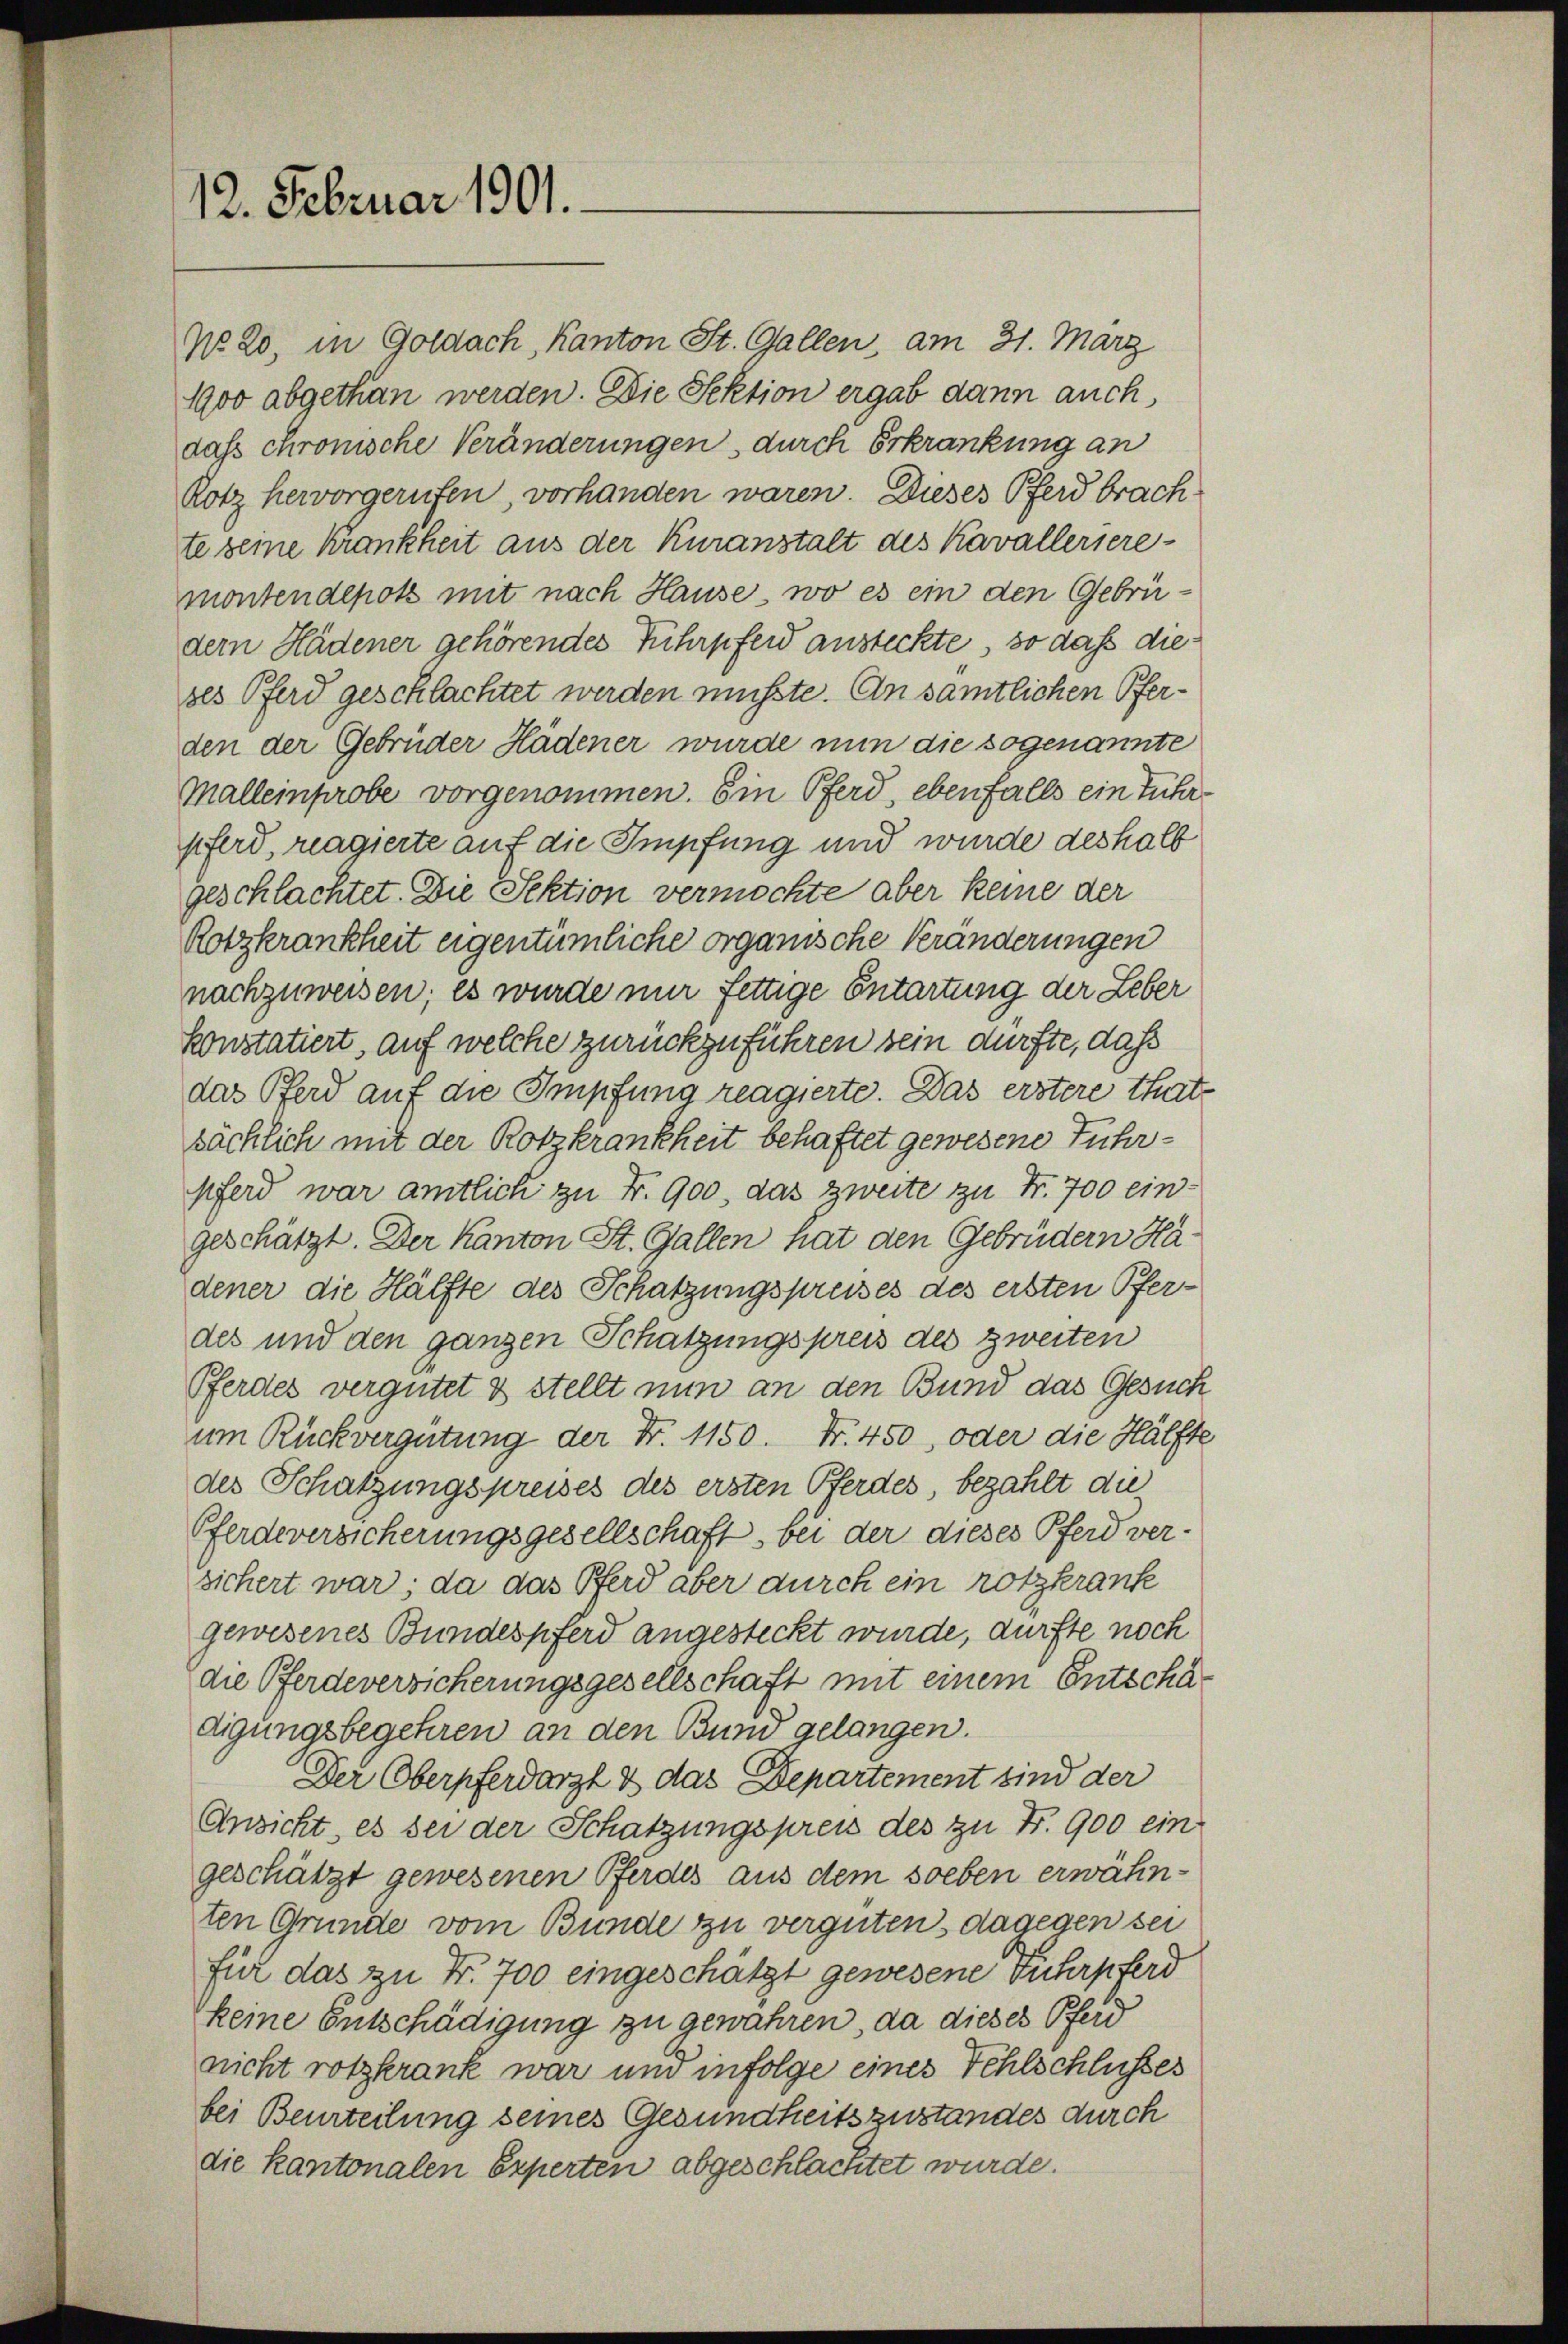
12. Februar 1901.

No. 20, in Goldach, Kanton St. Gallen, am 31. März
1900 abgethan werden. Die Sektion ergab dann auch
daßs chronische Veränderungen, durch Erkrankung an
Rotz hervorgerufen, vorhanden waren. Dieses Pferd brachte seine Krankheit aus der Kuranstalt des Kavallerieremontendepotz mit nach Hause, wo es ein den Gebrüdern Hadener gehörendes Fuhrpferd ansteckte, so daß diebes Pferd geschlachtet werden müsste. An sämtlichen Pferden der Gebrüder Hädener wurde nun die sogenannte
Malleinprobe vorgenommen. Ein Pferd, ebenfalls ein Fuhrpferd, reagierte auf die Impfung und wurde deshalb
geschlachtet. Die Sektion vermochte aber keine der
Rotzkrankheit eigentümliche organische Veränderungen
nachzuweisen; es wurde nur fettige Entartung der Leber
konstatiert, auf welche zurückzuführen sein dürfte, daß
das Pferd auf die Impfung reagierte. Das erstere thats
sächlich mit der Rotzkrankheit behaftet gewesene Führ-
pferd war amtlich zu Fr. 900, das zweite zu Fr. 700 eingeschätzt. Der Kanton St. Gallen hat den Gebrüdern Hadener die Hälfte des Schatzungspreises des ersten Pferdes und den ganzen Schatzungspreis des zweiten
Pferdes vergütet & stellt nun an den Bund das Gesuch
um Rückvergütung der Fr. 1150. Fr. 450, oder die Hälfte
des Schatzungspreises des ersten Pferdes, bezahlt die
Pferdeversicherungsgesellschaft bei der dieses Pferd ver-
sichert war; da das Pferd aber durch ein rotzkrank
gewesenes Bundespferd angesteckt wurde, dürfte noch
die Pferdeversicherungsgesellschaft mit einem Entschädigungsbegehren an den Bund gelangen.
Der Oberpferdarzt & das Departement sind der
Ansicht, es sei der Schatzungspreis des zu Fr. 900 ein
geschätzt gewesenen Pferdes aus dem soeben erwähnten Grunde vom Bunde zu vergüten, dagegen sei
für das zu Fr. 700 eingeschätzt gewesene Fuhrpferd
keine Entschädigung zu gewahren, da dieses Pferd
nicht rotzkrank war und infolge eines Fehlschlusses
bei Beurteilung seines Gesundheitszustandes durch
die Kantonalen Experten abgeschlachtet wurde.